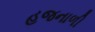
હજનાળી